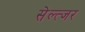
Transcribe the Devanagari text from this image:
सेल्त्जर